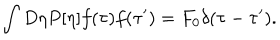
\int D \eta P [ \eta ] f ( \tau ) f ( \tau ^ { \prime } ) = F _ { 0 } \delta ( \tau - \tau ^ { \prime } ) .